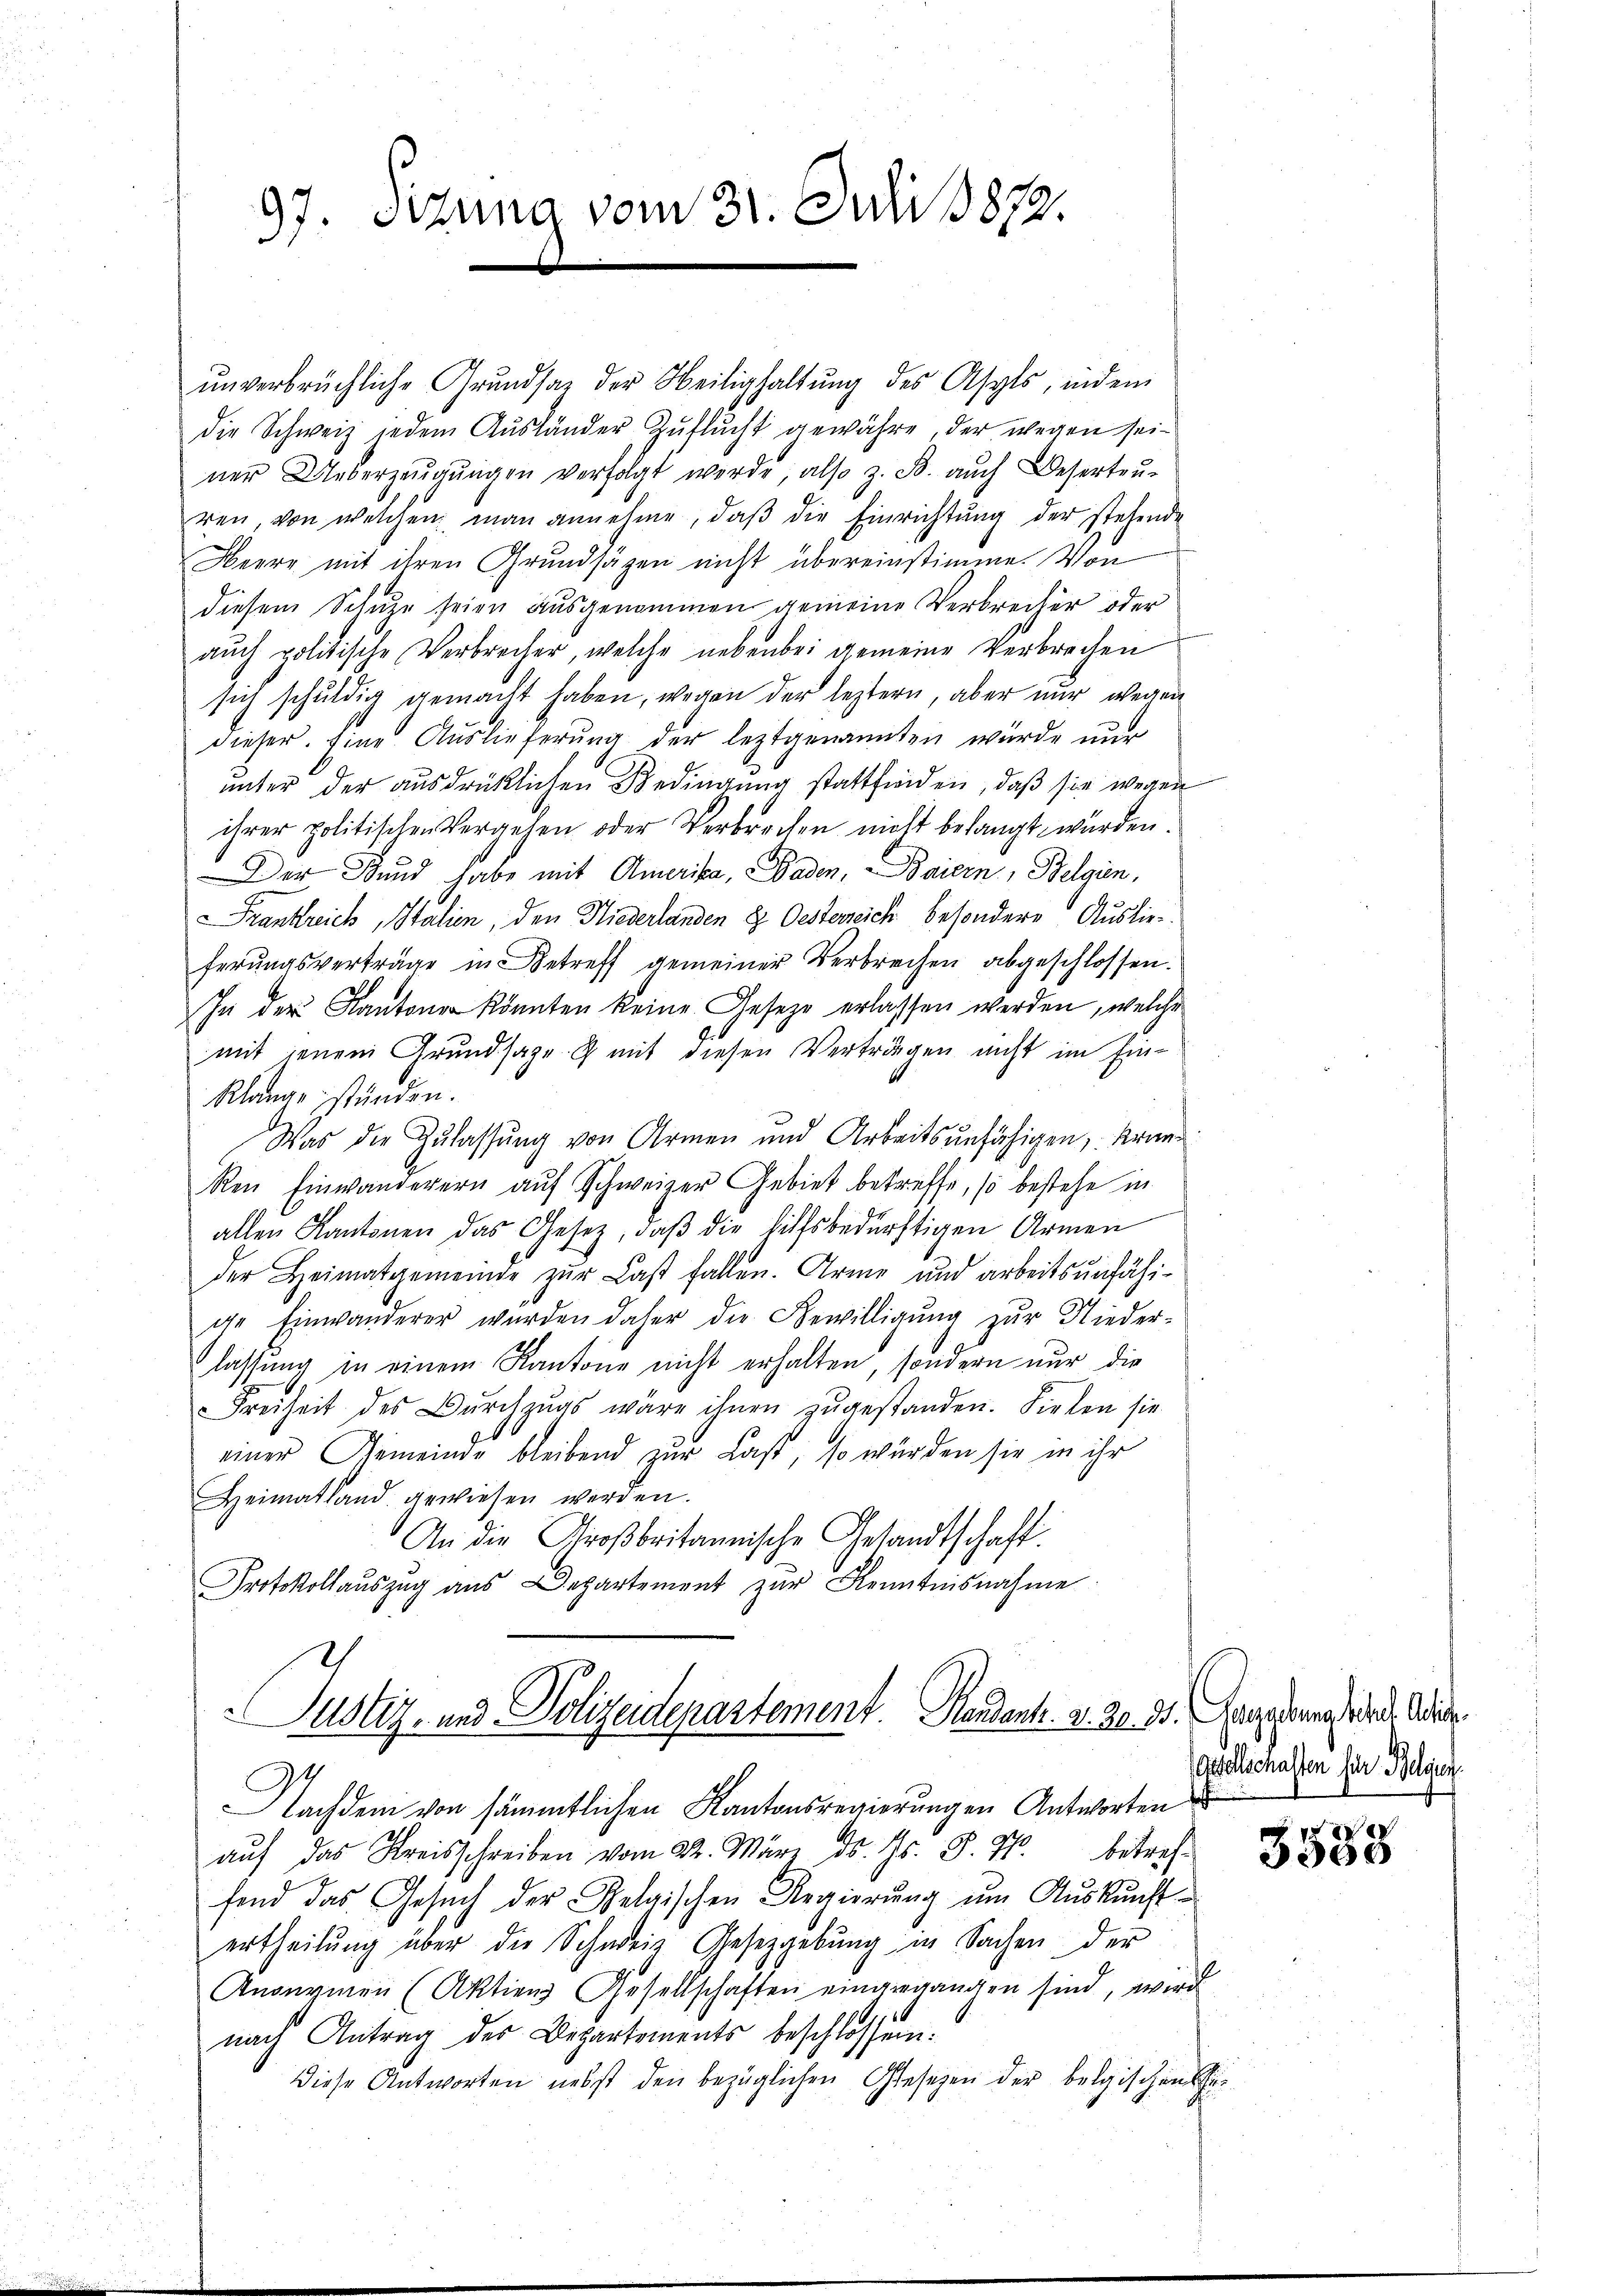
97. Sizung vom 31. Juli 1879.

ŭnverbrüchliche Grundsaz der Heilighaltŭng des Asyls, indem
die Schweiz jedem Aŭsländer Zŭflŭcht gewähre, der wegen sei-
ner Ueberzeŭgŭngen verfolgt werde, also z. B. auch Beserten-
ren, von welchen man annehme, daβ die Einrichtŭng der stehende
Heere mit ihren Grundsätzen nicht übereinstimme. Von
diesem Schuze seien ausgenommen gemeine Verbrecher oder
aŭch politische Verbrecher, welche nebenbei gemeine Verbrechen
sich schuldig gemacht haben, wegen der leztern, aber nur wegen
dieser. Eine Auslieferung der leztgenannten würde nur
unter der ausdrücklichen Bedingung stattfinden, daß sie wegen
ihrer politischen Vergehen oder Verbrechen nicht belangt wurden.
Der Bund habe mit Amerika, Gaden, Baiern, Belgien,
Frankreich, Stalien, den Niederlanden 8. Oesterreich besondere Auslie-
ferungsverträge in Betreff gemeiner Verbrechen abgeschlossen.
In der Kantone könnten keine Gesetze erlassen werden, welche
mit jenem Grundsaze & mit diesen Verträgen nicht im Ein¬
Klangestünden.
Was die Zulassung von Armen und Arbeitsunfähigen, Kran¬
Ren Einwanderern auf Schweizer Gebiet betreffe, so bestehe in
allen Kantonen das Gesetz, daβ die hilfsbedürftigen Armen
der Heimatgemeinde zŭr Last fallen. Arme und arbeitsunfähi-
ge Einwanderer wurden daher die Bewilligŭng zŭr Nieder-
lassung in einem Kantone nicht erhalten, sondern nur die
Freiheit des Dŭrchzŭgs wäre ihnen zŭgestanden. Sielen sie
einer Gemeinde bleibend zur Last, so würden sie in ihr
Heimatland gewiesen werden.
An die Großbritannische Gesandtschaft.
Protokollauszug aus Departement zur Kenntnisnahme
Justiz- und Polizeidepartement Hendant. 2. 20. d. Gegentrag wird. Oder
Nachdem von sämmtlichen Kantonsregierungen Antworten
aŭf das Kreisschreiben vom 22. März ds. s. S. 36. betreffend das Gesuch der Belgischen Regierung um Auskunft-
ertheilŭng über die Schweiz Gesetzgebung in Sachen der
Anonymen (Aktiens Gesellschaften eingegangen sind, wird
nach Antrag des Departements beschlossen:
diese Antworten nebst den bezüglichen Gesetzen der belgischen

Gesellschaften für Belgien.

3538